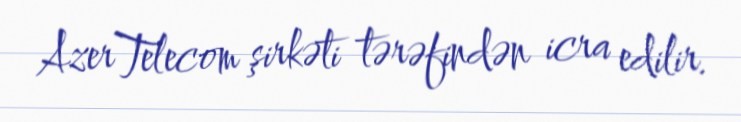
AzerTelecom şirkəti tərəfindən icra edilir.